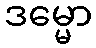
ဒမ္မော